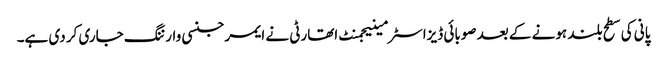
پانی کی سطح بلند ہونے کے بعد صوبائی ڈیزاسٹر مینیجمنٹ اتھارٹی نے ایمرجنسی وارننگ جاری کر دی ہے۔